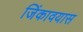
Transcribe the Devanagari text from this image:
जिंकावयास